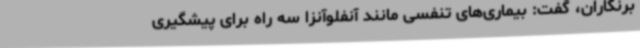
برنگاران، گفت: بیماری‌های تنفسی مانند آنفلوآنزا سه راه برای پیشگیری